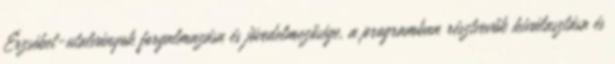
Erzsébet-utalványok forgalmazása és jövedelmezősége, a programban résztvevők kiválasztása és